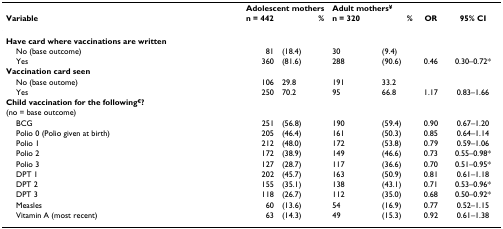
|  | <COLSPAN=2> Adolescent mothers | <COLSPAN=2> Adult mothers¥ |  |  |
 | Variable | n = 442 | % | n = 320 | % | OR | 95% CI |
 | --- | --- | --- | --- | --- | --- | --- |
 | Have card where vaccinations are written |  |  |  |  |  |  |
 | No (base outcome) | 81 | (18.4) | 30 | (9.4) |  |  |
 | Yes | 360 | (81.6) | 288 | (90.6) | 0.46 | 0.30–0.72* |
 | Vaccination card seen |  |  |  |  |  |  |
 | No (base outome) | 106 | 29.8 | 191 | 33.2 |  |  |
 | Yes | 250 | 70.2 | 95 | 66.8 | 1.17 | 0.83–1.66 |
 | Child vaccination for the following€? |  |  |  |  |  |  |
 | (no = base outcome) |  |  |  |  |  |  |
 | BCG | 251 | (56.8) | 190 | (59.4) | 0.90 | 0.67–1.20 |
 | Polio 0 (Polio given at birth) | 205 | (46.4) | 161 | (50.3) | 0.85 | 0.64–1.14 |
 | Polio 1 | 212 | (48.0) | 172 | (53.8) | 0.79 | 0.59–1.06 |
 | Polio 2 | 172 | (38.9) | 149 | (46.6) | 0.73 | 0.55–0.98* |
 | Polio 3 | 127 | (28.7) | 117 | (36.6) | 0.70 | 0.51–0.95* |
 | DPT 1 | 202 | (45.7) | 163 | (50.9) | 0.81 | 0.61–1.18 |
 | DPT 2 | 155 | (35.1) | 138 | (43.1) | 0.71 | 0.53–0.96* |
 | DPT 3 | 118 | (26.7) | 112 | (35.0) | 0.68 | 0.50–0.92* |
 | Measles | 60 | (13.6) | 54 | (16.9) | 0.77 | 0.52–1.15 |
 | Vitamin A (most recent) | 63 | (14.3) | 49 | (15.3) | 0.92 | 0.61–1.38 |